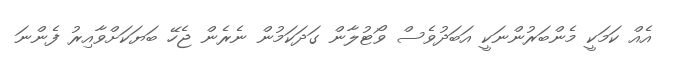
އެއް ކަމަކީ މެންބަރުންނަކީ އަބަދުވެސް ވޯޓުލާން ގަދަކަމުން ނެރެން ޖެހޭ ބަޔަކަށްވާއިރު ފެންނަ